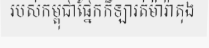
របស់កម្ពុជាផ្នែកកីឡារត់ម៉ារ៉ាតុង